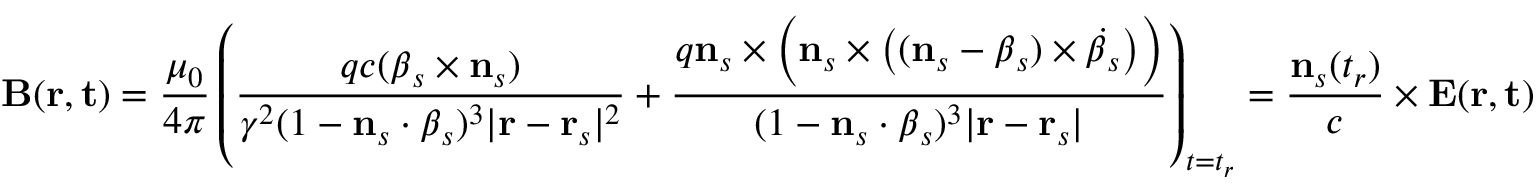
\mathbf { B } ( \mathbf { r } , \mathbf { t } ) = { \frac { \mu _ { 0 } } { 4 \pi } } \left( { \frac { q c ( { \boldsymbol { \beta } } _ { s } \times \mathbf { n } _ { s } ) } { \gamma ^ { 2 } ( 1 - \mathbf { n } _ { s } \cdot { \boldsymbol { \beta } } _ { s } ) ^ { 3 } | \mathbf { r } - \mathbf { r } _ { s } | ^ { 2 } } } + { \frac { q \mathbf { n } _ { s } \times { \Big ( } \mathbf { n } _ { s } \times { \big ( } ( \mathbf { n } _ { s } - { \boldsymbol { \beta } } _ { s } ) \times { \dot { { \boldsymbol { \beta } } _ { s } } } { \big ) } { \Big ) } } { ( 1 - \mathbf { n } _ { s } \cdot { \boldsymbol { \beta } } _ { s } ) ^ { 3 } | \mathbf { r } - \mathbf { r } _ { s } | } } \right) _ { t = t _ { r } } = { \frac { \mathbf { n } _ { s } ( t _ { r } ) } { c } } \times \mathbf { E } ( \mathbf { r } , \mathbf { t } )